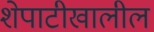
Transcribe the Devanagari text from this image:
शेपाटीखालील